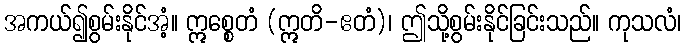
အကယ်၍စွမ်းနိုင်အံ့။ ဣစ္စေတံ (ဣတိ-ဧတံ)၊ ဤသို့စွမ်းနိုင်ခြင်းသည်။ ကုသလံ၊